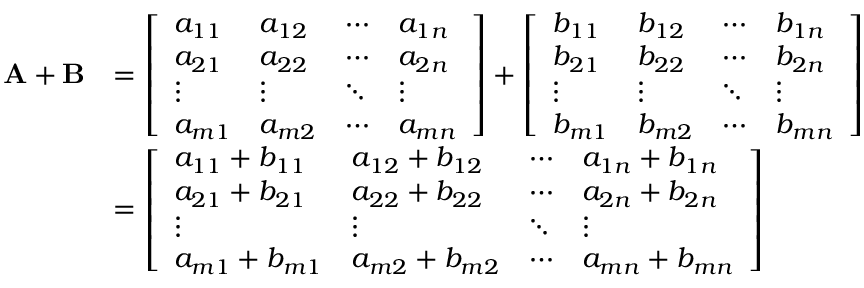
{ \begin{array} { r l } { \mathbf { A } + \mathbf { B } } & { = { \left[ \begin{array} { l l l l } { a _ { 1 1 } } & { a _ { 1 2 } } & { \cdots } & { a _ { 1 n } } \\ { a _ { 2 1 } } & { a _ { 2 2 } } & { \cdots } & { a _ { 2 n } } \\ { \vdots } & { \vdots } & { \ddots } & { \vdots } \\ { a _ { m 1 } } & { a _ { m 2 } } & { \cdots } & { a _ { m n } } \end{array} \right] } + { \left[ \begin{array} { l l l l } { b _ { 1 1 } } & { b _ { 1 2 } } & { \cdots } & { b _ { 1 n } } \\ { b _ { 2 1 } } & { b _ { 2 2 } } & { \cdots } & { b _ { 2 n } } \\ { \vdots } & { \vdots } & { \ddots } & { \vdots } \\ { b _ { m 1 } } & { b _ { m 2 } } & { \cdots } & { b _ { m n } } \end{array} \right] } } \\ & { = { \left[ \begin{array} { l l l l } { a _ { 1 1 } + b _ { 1 1 } } & { a _ { 1 2 } + b _ { 1 2 } } & { \cdots } & { a _ { 1 n } + b _ { 1 n } } \\ { a _ { 2 1 } + b _ { 2 1 } } & { a _ { 2 2 } + b _ { 2 2 } } & { \cdots } & { a _ { 2 n } + b _ { 2 n } } \\ { \vdots } & { \vdots } & { \ddots } & { \vdots } \\ { a _ { m 1 } + b _ { m 1 } } & { a _ { m 2 } + b _ { m 2 } } & { \cdots } & { a _ { m n } + b _ { m n } } \end{array} \right] } } \end{array} }